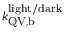
k _ { \mathrm { Q V , b } } ^ { \mathrm { l i g h t / d a r k } }